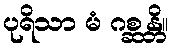
ပုရိသာ မံ ဂစ္ဆန္တိ။